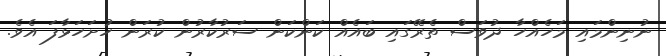
ނުނިންމައި މަހެއްހާ ދުވަސް ތެރޭގައި ބައެއް ކަންކަން ސަރުކާރުން ކުރަން ހުށަހަޅާފަ އެވެ.